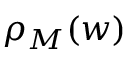
\rho _ { M } ( w )